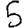
Digit: 5